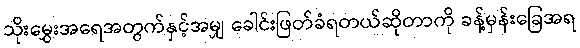
သိုးမွှေးအရေအတွက်နှင့်အမျှ ခေါင်းဖြတ်ခံရတယ်ဆိုတာကို ခန့်မှန်းခြေအရ